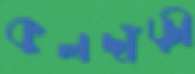
কুলদাঁড়ী